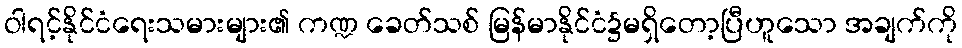
ဝါရင့်နိုင်ငံရေးသမားများ၏ ကဏ္ဍ ခေတ်သစ် မြန်မာနိုင်ငံ၌မရှိတော့ပြီဟူသော အချက်ကို